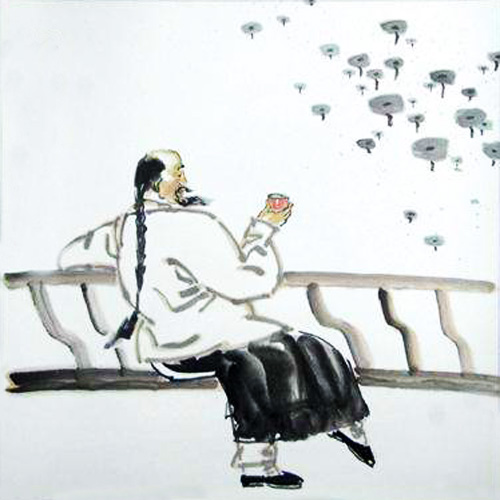
人生有酒须当醉，一滴何曾到九泉。